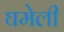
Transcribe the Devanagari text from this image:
घमेली